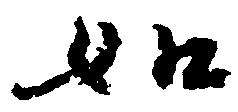
如